Annual administration report of the Civil Veterinary Department of India - 1893-1894
Year: 1893
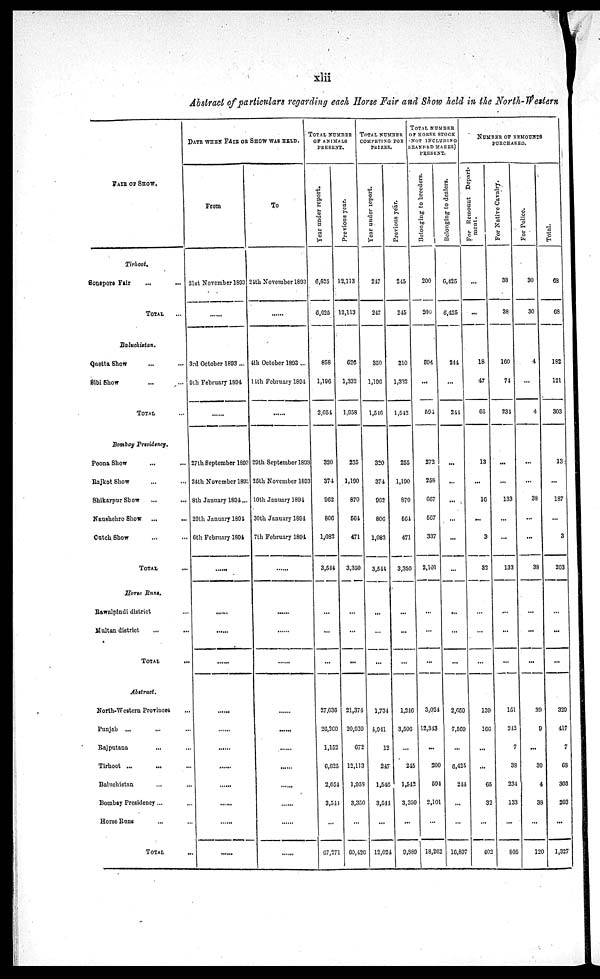
xlii
Abstract of particulars regarding each Horse Fair and Show held in the North-Western
FAIR OF SHOW.
Tirhoot.
Sonepore Fair ... ...
TOTAL...
Baluchistan.
Quotta Show ... ...
Sibi Show ... ...
TOTAL ...
Bombay Presidency.
Poona Show ... ...
Rajkot Show ... ...
Shikarpur Show ... ...
Naushchro Show ... ...
Ontch Show ... ...
TOTAL ...
Horse Runs.
Rawalpindi district ...
Multan district ... ...
TOTAL ...
Abstract.
North-Western Provinces ...
Punjab ... ... ...
Bajputana ... ...
Tirhoot ... ... ...
Baluchistan ... ...
Bombay Presidency... ...
Horse Runs ...
TOTAL ...
DATE WHEN FAIR OR SHOW WAS HELD.
From
21st November 1893
3rd October 1893 ...
9th February 1894
......
27th September 1893
24th November 1893
8th January 1894...
29th January 1894
6th February 1894
To
24th November 1893
4th October 1893 ...
14th February 1894
......
20th September 1893
25th November 1893
10th January 1894
30th January 1894
7th February 1894
TOTAL NUMBER
OF
ANIMALS
PRESENT.
Year under report.
6,625
6,625
858
1,196
2,054
320
374
962
806
1,082
3,544
...
...
...
27,636
26,200
1,152
6,625
2,054
3,541
...
67,271
Previous year.
12,113
12,113
626
1,332
1,958
255
1,190
870
564
471
3,350
...
...
...
21,374
20,059
672
12,113
1,958
3,350
...
60,426
TOTAL NUMBER
COMPETING FOR
PRIZES.
Year under report.
247
247
350
1,196
1,546
320
374
962
806
1,082
3,544
...
...
...
1,734
4,941
12
247
1,546
3,544
...
12,024
Previous year.
245
245
210
1,332
1,542
255
1,190
870
564
471
3,350
...
...
...
1,246
3,506
...
245
1,542
3,350
...
9,889
TOTAL NUMBER
OF HORSE STOCK
NOT INCLUDING
BRANDED MARES)
PRESENT.
Belonging to breeders.
200
200
594
...
594
272
258
667
567
337
2,101
...
...
3,024
12,343
...
200
594
2,101
...
18,262
Belonging to dealers.
6,425
6,425
244
...
244
...
...
...
...
...
...
...
...
2,659
7,569
...
6,425
244
...
...
10,897
NUMBER OF REMOUNTS
PURCHASED.
For Remount Depart-
ment.
...
...
18
47
65
13
...
16
...
3
32
...
139
166
...
...
65
32
...
402
For Native Cavalry.
38
38
160
74
234
...
...
133
...
...
133
...
...
151
242
7
38
234
133
...
805
For Police.
30
30
4
...
4
...
...
38
...
...
38
...
...
...
39
9
...
30
4
38
...
120
Total.
68
68
182
121
303
13
...
187
3
203
...
...
...
329
417
7
68
303
203
...
1,327